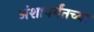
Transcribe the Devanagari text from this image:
अंशापर्यंतच्या